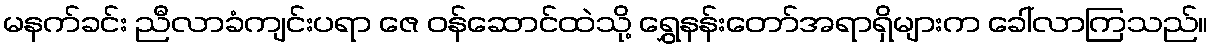
မနက်ခင်း ညီလာခံကျင်းပရာ ဇေ ဝန်ဆောင်ထဲသို့ ရွှေနန်းတော်အရာရှိများက ခေါ်လာကြသည်။